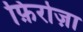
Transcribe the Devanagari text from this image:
फ़िरोज़ा